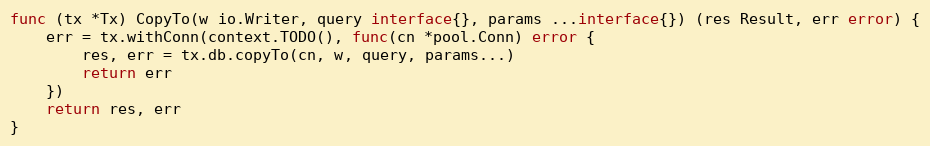
Language: Go
func (tx *Tx) CopyTo(w io.Writer, query interface{}, params ...interface{}) (res Result, err error) {
	err = tx.withConn(context.TODO(), func(cn *pool.Conn) error {
		res, err = tx.db.copyTo(cn, w, query, params...)
		return err
	})
	return res, err
}